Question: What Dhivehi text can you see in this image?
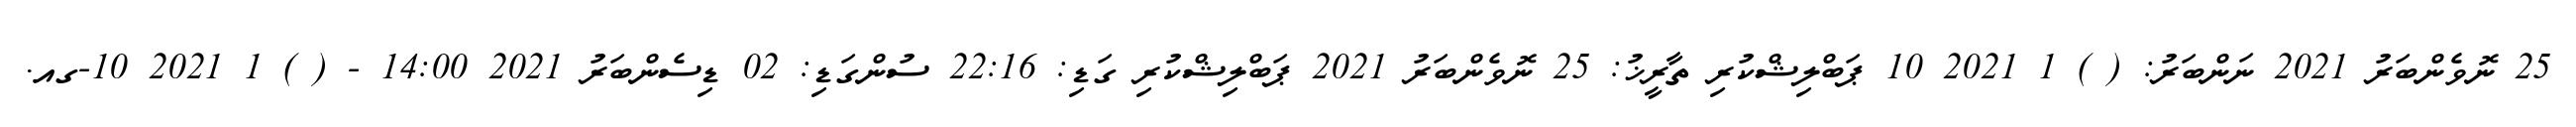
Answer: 25 ނޮވެންބަރު 2021 ނަންބަރު: ( ) 1 2021 10 ޕަބްލިޝްކުރި ތާރީޚު: 25 ނޮވެންބަރު 2021 ޕަބްލިޝްކުރި ގަޑި: 22:16 ސުންގަޑި: 02 ޑިސެންބަރު 2021 14:00 - ( ) 1 2021 10-ގއ.